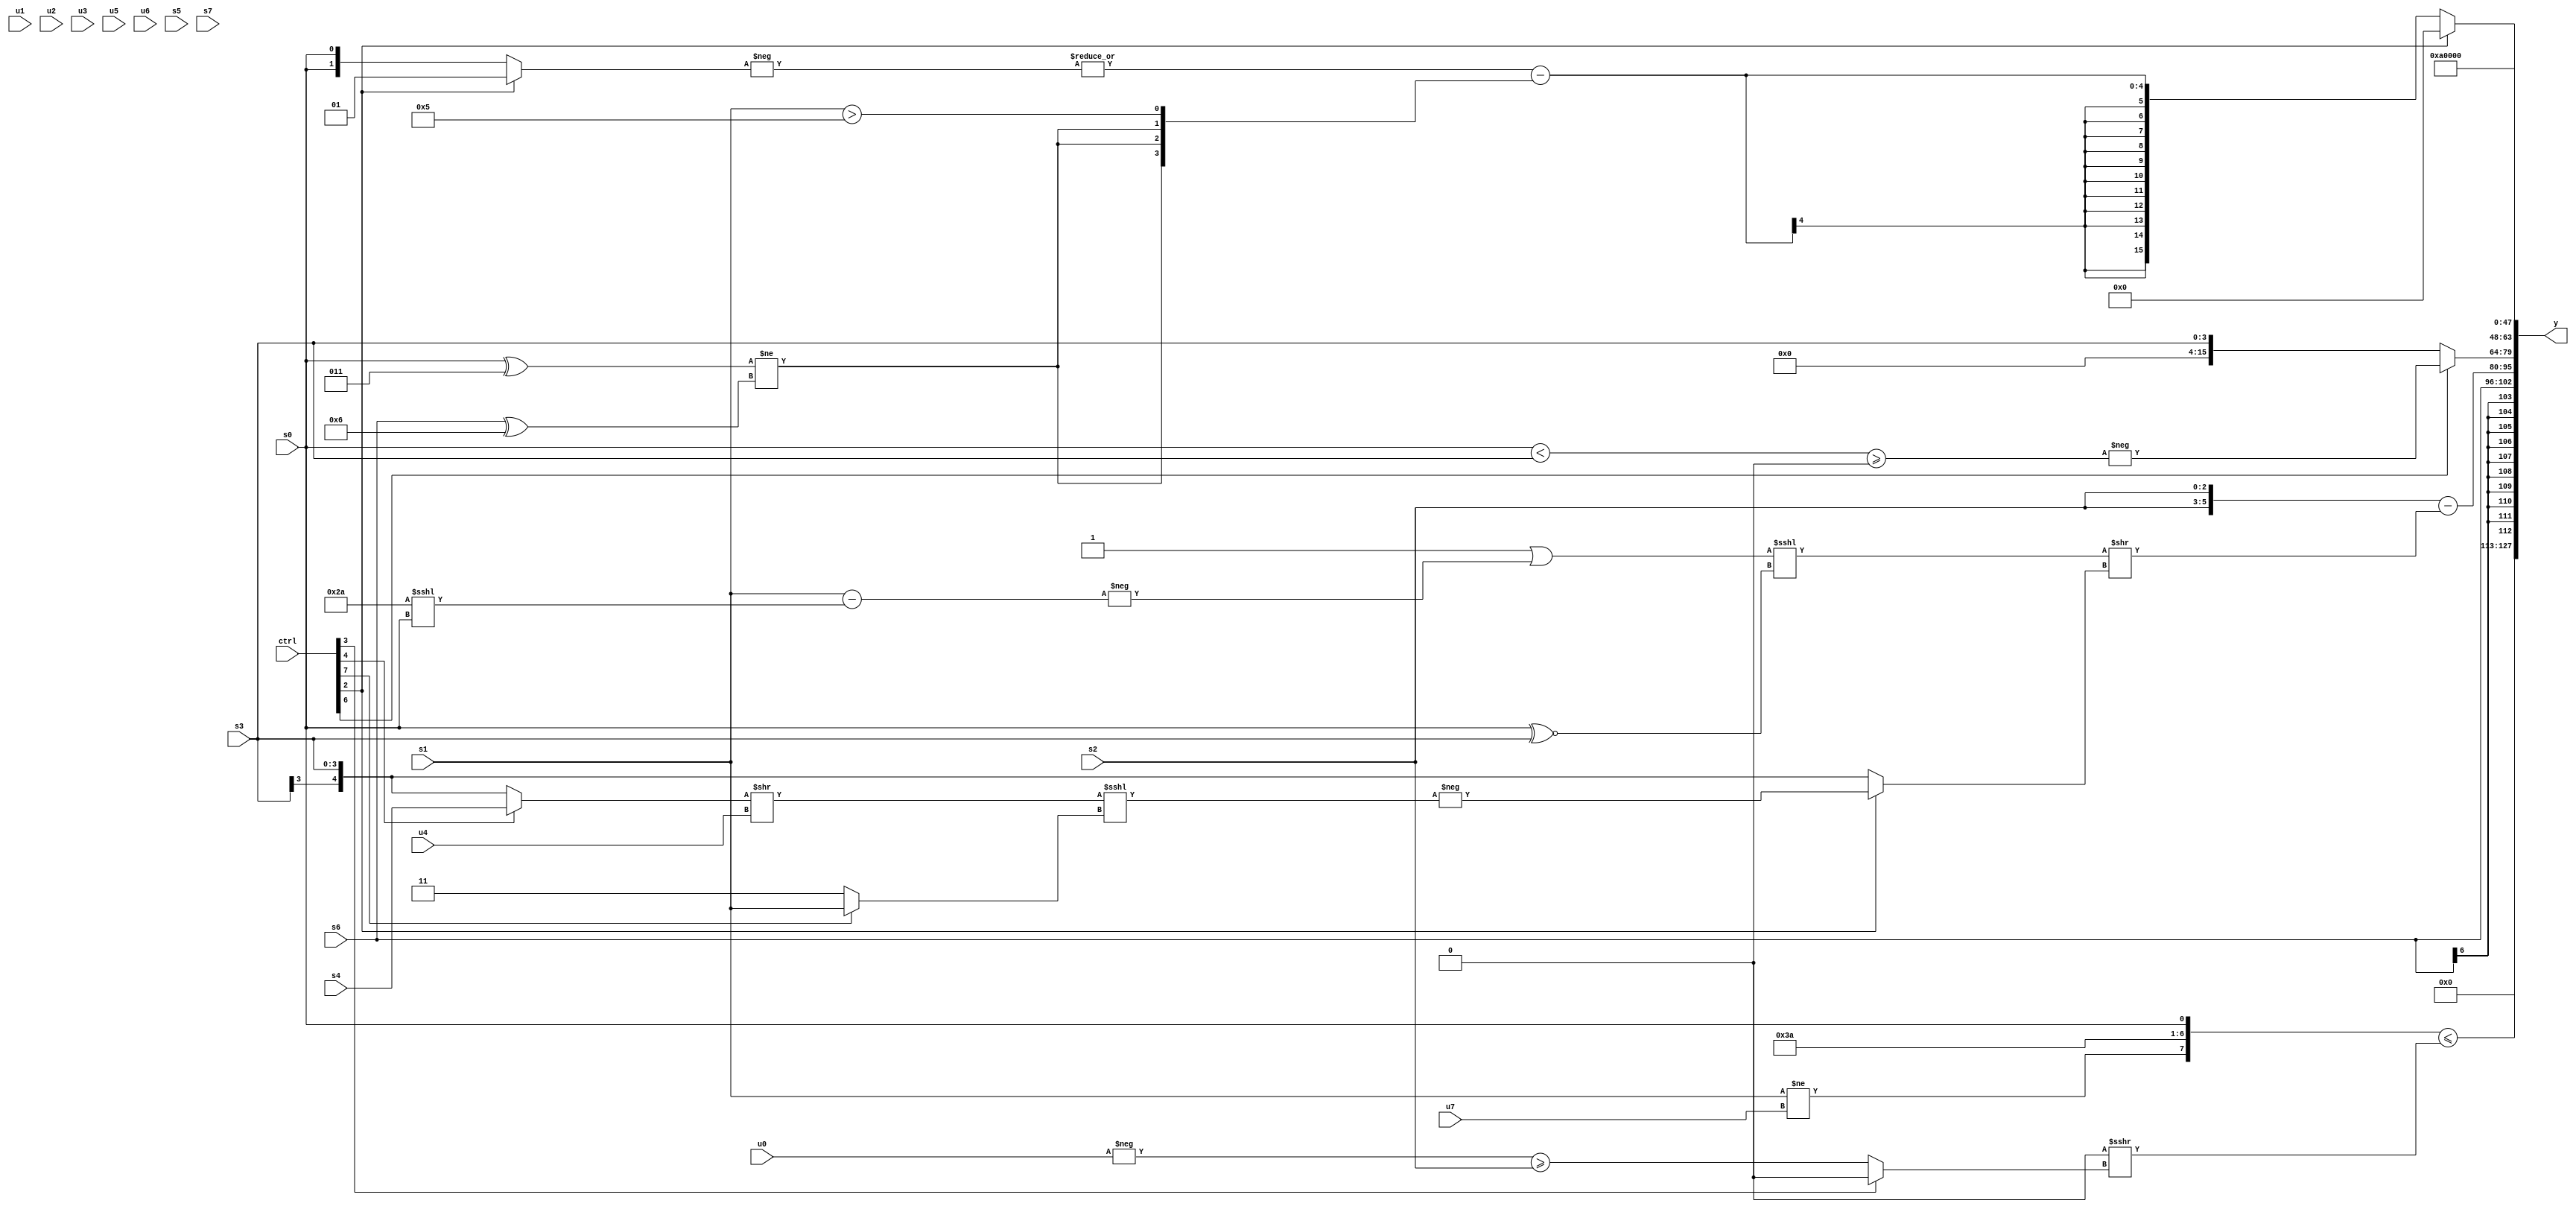
module wideexpr_00056(ctrl, u0, u1, u2, u3, u4, u5, u6, u7, s0, s1, s2, s3, s4, s5, s6, s7, y);
  input [7:0] ctrl;
  input [0:0] u0;
  input [1:0] u1;
  input [2:0] u2;
  input [3:0] u3;
  input [4:0] u4;
  input [5:0] u5;
  input [6:0] u6;
  input [7:0] u7;
  input signed [0:0] s0;
  input signed [1:0] s1;
  input signed [2:0] s2;
  input signed [3:0] s3;
  input signed [4:0] s4;
  input signed [5:0] s5;
  input signed [6:0] s6;
  input signed [7:0] s7;
  output [127:0] y;
  wire [15:0] y0;
  wire [15:0] y1;
  wire [15:0] y2;
  wire [15:0] y3;
  wire [15:0] y4;
  wire [15:0] y5;
  wire [15:0] y6;
  wire [15:0] y7;
  assign y = {y0,y1,y2,y3,y4,y5,y6,y7};
  assign y0 = ({(s1)!=(u7),5'b11101,($unsigned($signed(1'sb1)))<<($signed(4'sb0110)),s0})<=(({1{$signed(^(3'sb110))}})>>>((ctrl[3]?{3{!(2'sb11)}}:(-(u0))>=($signed(s2)))));
  assign y1 = +(s6);
  assign y2 = ($signed({2{s2}}))-(((($signed(~^(~|(2'sb01))))|(-(($signed(s1))-((6'sb101010)<<<(s0)))))<<<((s0)^~(s3)))>>((ctrl[2]?-((((ctrl[4]?s4:s3))>>(+(u4)))<<<((ctrl[7]?(ctrl[7]?s1:s1):(ctrl[7]?u6:4'b0011)))):$signed($signed(s3)))));
  assign y3 = (ctrl[6]?-(+((({s0})<(s3))>=(!(4'sb0111)))):s3);
  assign y4 = (ctrl[2]?(ctrl[3]?2'sb00:1'sb0):(|($signed(-($signed((ctrl[2]?2'sb01:s0))))))-({{3{((s0)^(4'sb0011))!=(($signed(s6))^(5'sb00110))}},|((s1)>(4'sb0101))}));
  assign y5 = (({4{$signed({4{$unsigned(3'sb011)}})}})<=($signed(4'b0011)))>>>(3'b110);
  assign y6 = 5'sb01010;
  assign y7 = ((ctrl[3]?u1:((ctrl[0]?+(s1):-(4'b0010)))>=(((s7)&(4'sb0100))>>((6'b000110)^(6'b100001)))))>>>(6'b000110);
endmodule